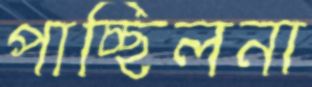
পাচ্ছিলনা